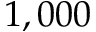
1 , 0 0 0